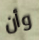
وأن